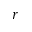
r